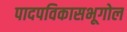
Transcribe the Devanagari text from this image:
पादपविकासभूगोल